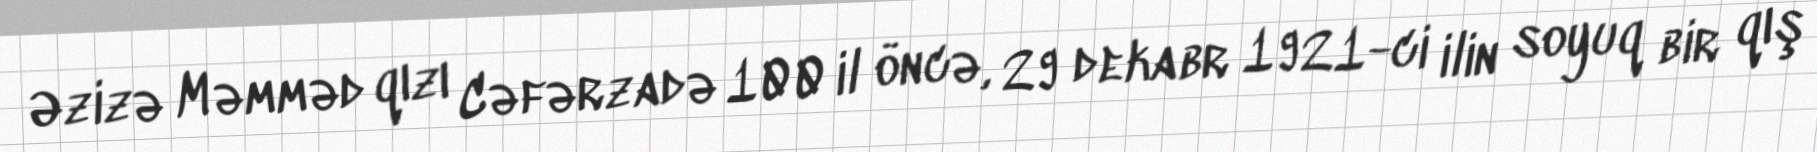
Əzizə Məmməd qızı Cəfərzadə 100 il öncə, 29 dekabr 1921-ci ilin soyuq bir qış